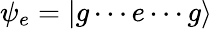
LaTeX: \psi_{e}=|g\cdots e\cdots g\rangle